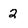
Character: 2